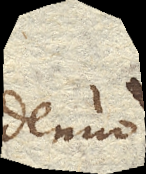
denuo